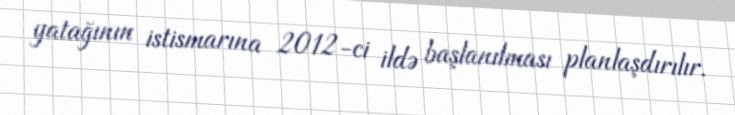
yatağının istismarına 2012-ci ildə başlanılması planlaşdırılır.